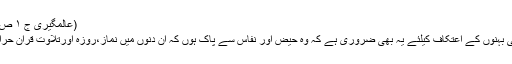
(عالمگیری ج ۱ ص۲۱۱)
اسلامی بہنوں کے اِعْتِکاف کیلئے یہ بھی ضَروری ہے کہ وہ حَیض اور نَفاس سے پاک ہوں کہ ان دنوں میں نَماز،روزہ اورتِلاوت قراٰن حرام ہے۔